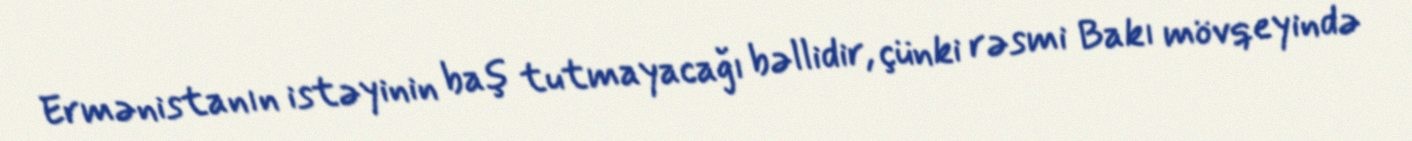
Ermənistanın istəyinin baş tutmayacağı bəllidir, çünki rəsmi Bakı mövqeyində